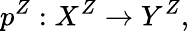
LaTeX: p^{Z}:X^{Z}\to Y^{Z},